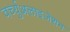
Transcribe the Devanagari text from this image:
वर्च्युअलाइजेशन